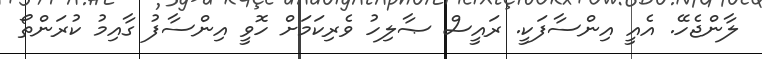
ލާންޖެހޭ. އެއީ އިންސާފަކީ. ރައީސް ޞާލިހު ވެރިކަމަށް ހޮވީ އިންސާފު ގާއިމު ކުރަންތޯ